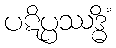
ပဋိပ္ပဿဒ္ဓိံ